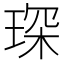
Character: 琛